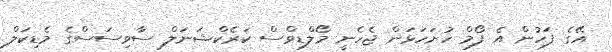
އޭގެ ފަހުން އެ ފޯމް ހުށަހަޅަން ޖެހެނީ މޯލްޑިވްސް ކަރެކްޝަނަލް ސާވިސަސްގެ މެޑިކަލް